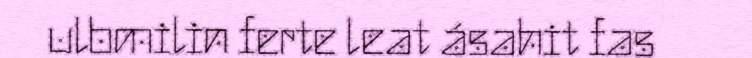
ulbmilin ferte leat ásahit fas